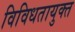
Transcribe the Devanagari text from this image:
विविधतायुक्त